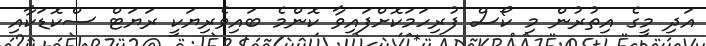
އަދި މީގެ އިތުރުން މި ކޯސް ފުރިހަމަކޮށްފައިވާ ކޮންމެ ބައިވެރިޔަކީ ރަޔަޓް ސްކޮޑަކާއި